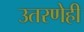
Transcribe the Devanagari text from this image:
उतरणेही